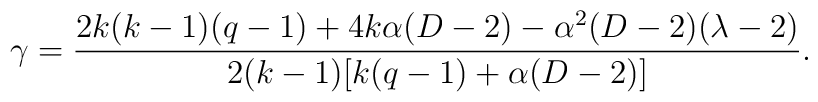
\gamma = \frac{2k(k-1)(q-1) + 4 k \alpha (D-2) - \alpha^2 (D-2)(\lambda-2)}{2(k-1)[ k(q-1) + \alpha (D-2) ]}.